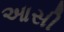
આસી